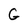
Character: G